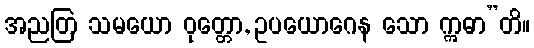
အညတြ သမယော ဝုတ္တော, ဥပယောဂေန သော ဣဓာ”တိ။